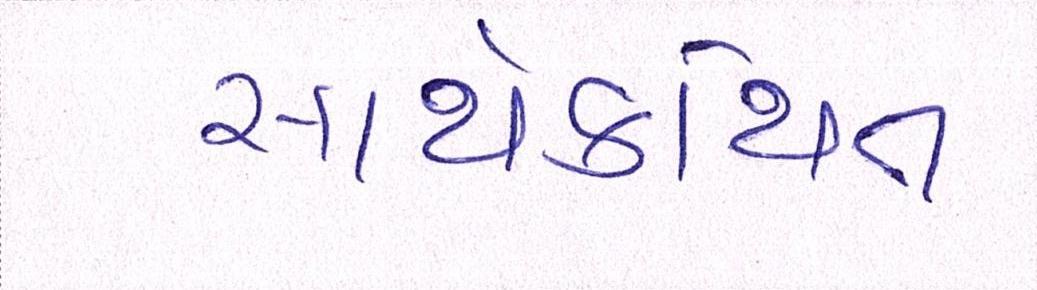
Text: સાથેકથિત